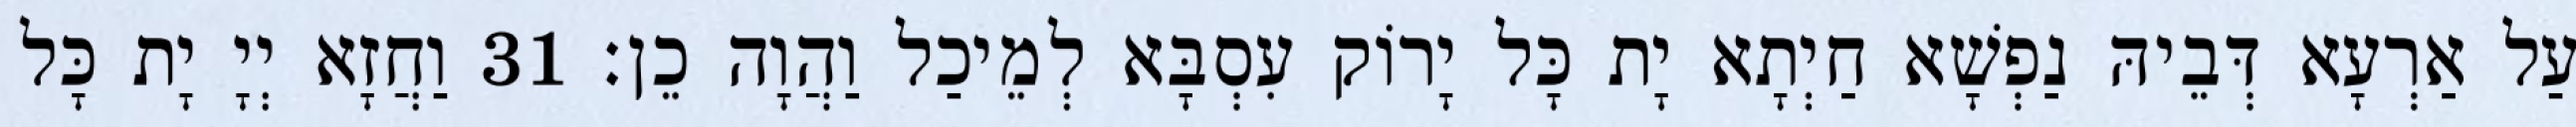
עַל אַרְעָא דְּבֵיהּ נַפְשָׁא חַיְתָא יָת כָּל יָרוֹק עִסְבָּא לְמֵיכַל וַהֲוָה כֵן׃ 31 וַחֲזָא יְיָ יָת כָּל